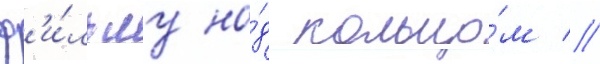
ф'и́льму на́д кольцо́м //